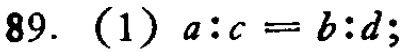
89. (1) \(a:c = b:d\);